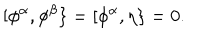
[ \phi ^ { \alpha } , \phi ^ { \beta } \} = [ \phi ^ { \alpha } , \eta \} = 0 .